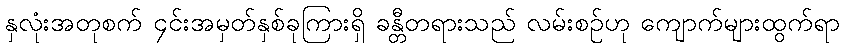
နှလုံးအတုစက် ၄င်းအမှတ်နှစ်ခုကြားရှိ ခန္တီတရားသည် လမ်းစဉ်ဟု ကျောက်များထွက်ရာ